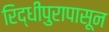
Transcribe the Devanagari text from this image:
रिद्धीपुरापासून